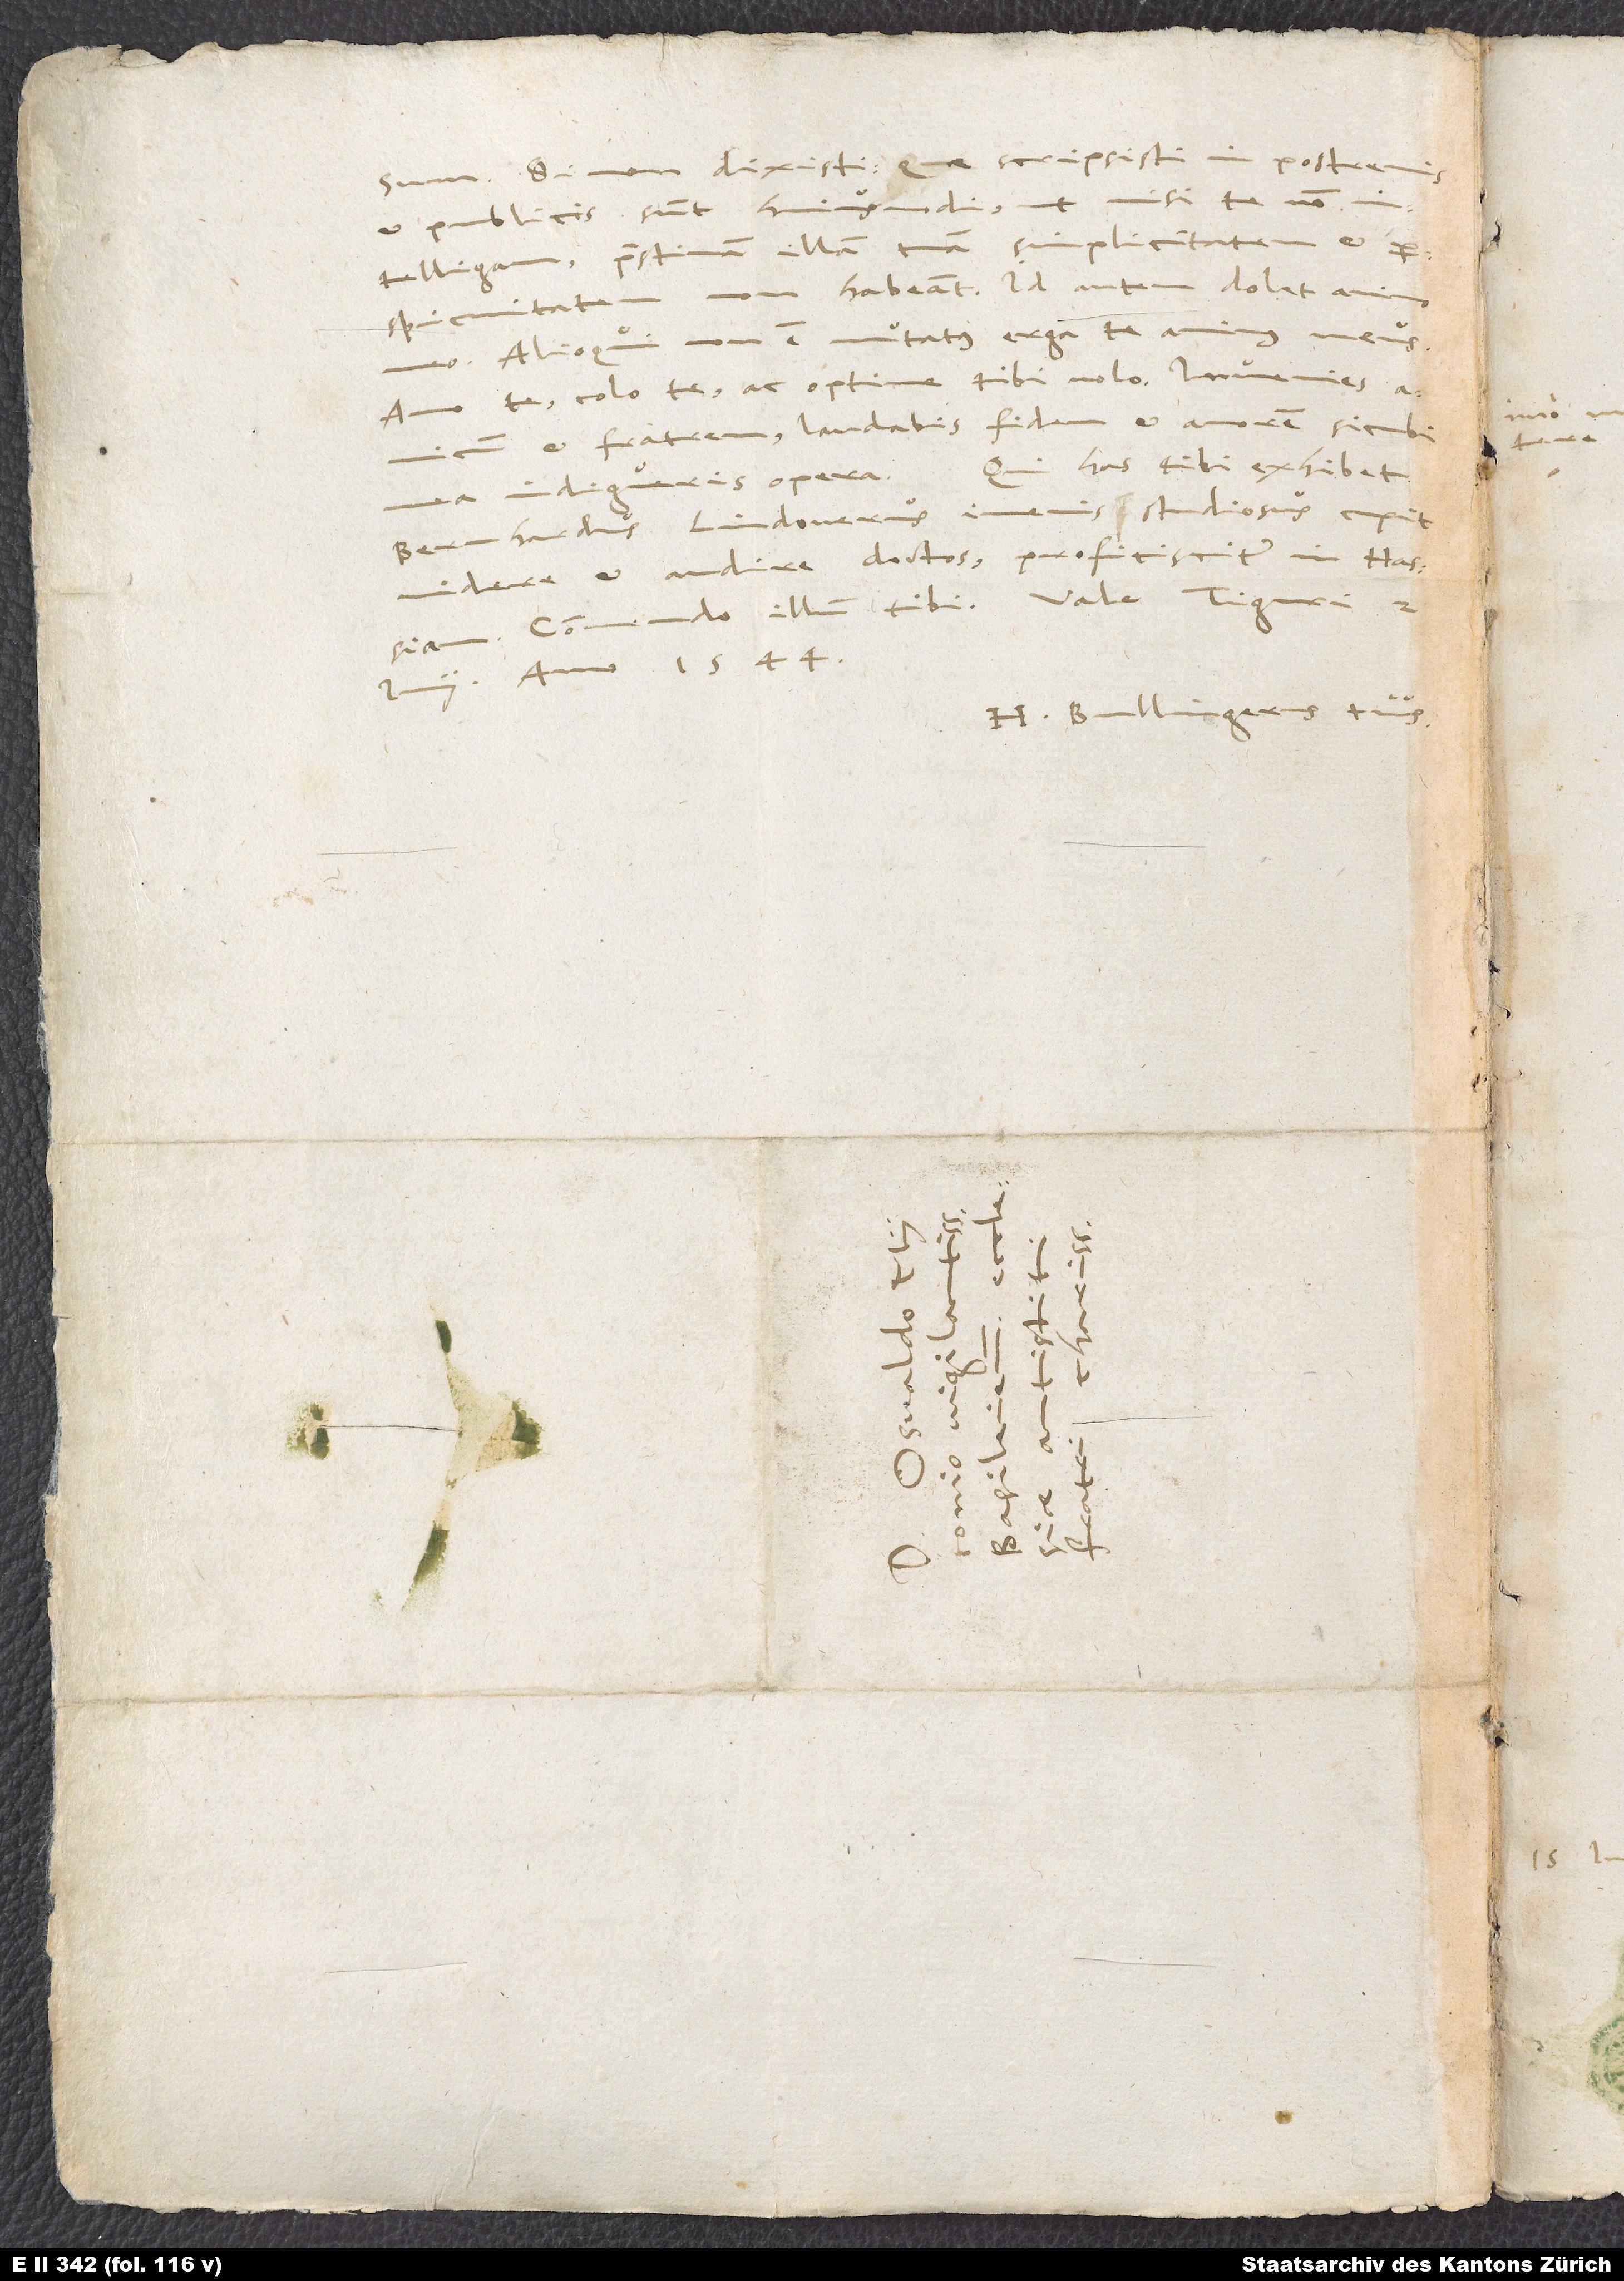
Si non dixisti, quae scripsisti in postremis
publicis, sunt huiusmodi, ut, nisi te non
intelligam, pristinam illam tuam simplicitatem et
non habeant. Id autem dolet animo
perspicuitatem
meo. Alioqui non est mutatus erga te animus meus.
Amo te, colo te ac optime tibi volo. Invenies
amicum et fratrem, laudabis fidem et amorem, sicubi
Qui has tibi exhibet,
mea indigueris opera.
Bernhardus Lindoverus, iuvenis studiosus, cupit
videre et audire doctos. Proficiscitur in Hassiam.
anno 1544.
H. Bullingerus tuus.

imo